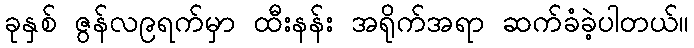
ခုနှစ် ဇွန်လ၉ရက်မှာ ထီးနန်း အရိုက်အရာ ဆက်ခံခဲ့ပါတယ်။